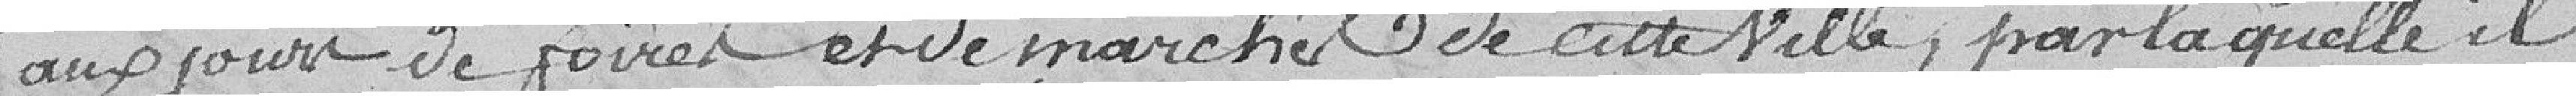
aux jours de foires et de marchés de cette ville, par laquelle il